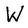
Character: W